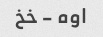
اوه - خخ